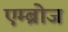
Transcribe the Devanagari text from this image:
एम्ब्रोज